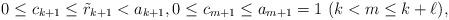
LaTeX: \begin{align*}0 \le c_{k+1} \le \tilde r_{k+1} < a_{k+1}, 0 \le c_{m+1} \le a_{m+1} = 1 \ (k < m \le k + \ell),\end{align*}